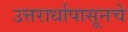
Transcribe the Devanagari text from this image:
उत्तरार्धापासूनचे